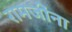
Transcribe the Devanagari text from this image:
रामजींना